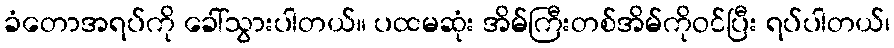
ခံတောအရပ်ကို ခေါ်သွားပါတယ်။ ပထမဆုံး အိမ်ကြီးတစ်အိမ်ကိုဝင်ပြီး ရပ်ပါတယ်၊